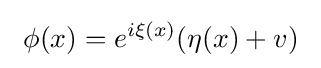
\ \phi (x)=e^{i\xi (x)}(\eta (x)+v)~